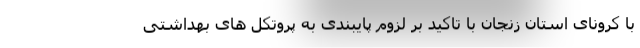
با کرونای استان زنجان با تاکید بر لزوم پایبندی به پروتکل های بهداشتی